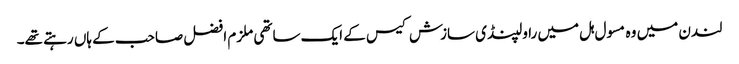
لندن میں وہ مسول ہل میں راولپنڈی سازش کیس کے ایک ساتھی ملزم افضل صاحب کے ہاں رہتے تھے۔